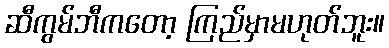
ဆီကွမ်ဘီကတော့ ကြည်မှာမဟုတ်ဘူး။